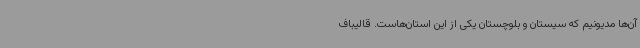
آن‌ها مدیونیم که سیستان و بلوچستان یکی از این استان‌هاست. قالیباف